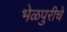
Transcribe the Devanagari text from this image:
भेळपुरीचे